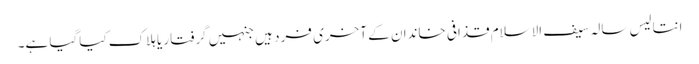
انتالیس سالہ سیف الاسلام قذافی خاندان کے آخری فرد ہیں جنہیں گرفتار یا ہلاک کیاگیا ہے۔